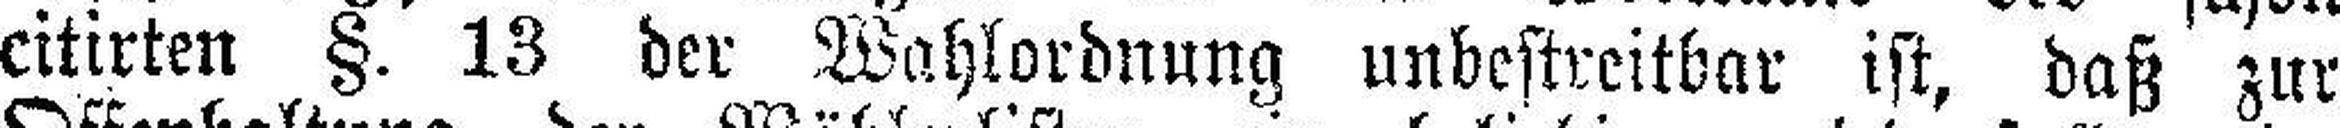
citirten §. 13 der Wahlordnung unbestreitbar ist, daß zur